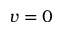
v = 0